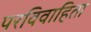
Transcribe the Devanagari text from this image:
परविवाहिता